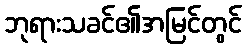
ဘုရားသခင်၏အမြင်တွင်